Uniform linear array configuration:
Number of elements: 12
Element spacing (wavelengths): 0.75
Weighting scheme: blackman
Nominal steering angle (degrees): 15
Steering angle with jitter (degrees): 15.184
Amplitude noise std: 0.05
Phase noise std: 0.05

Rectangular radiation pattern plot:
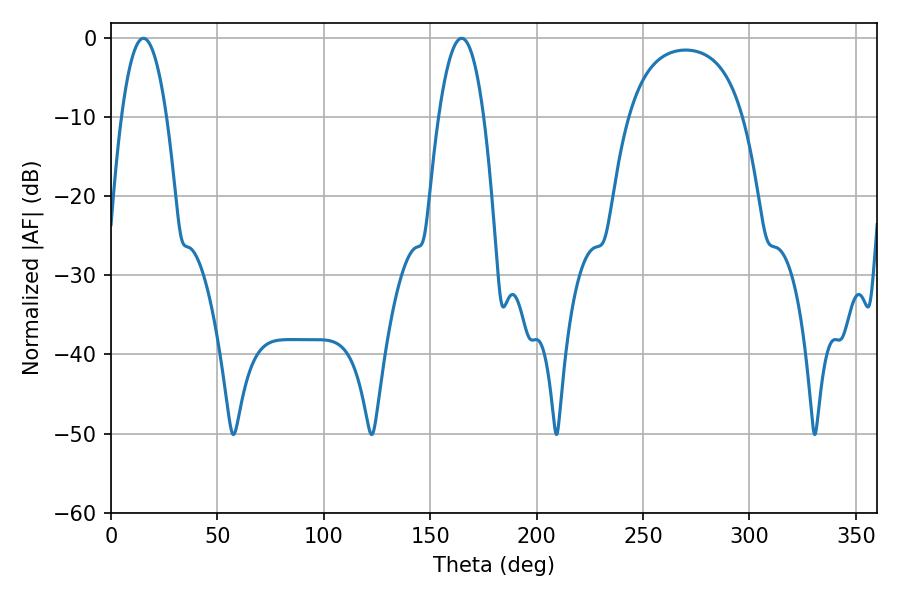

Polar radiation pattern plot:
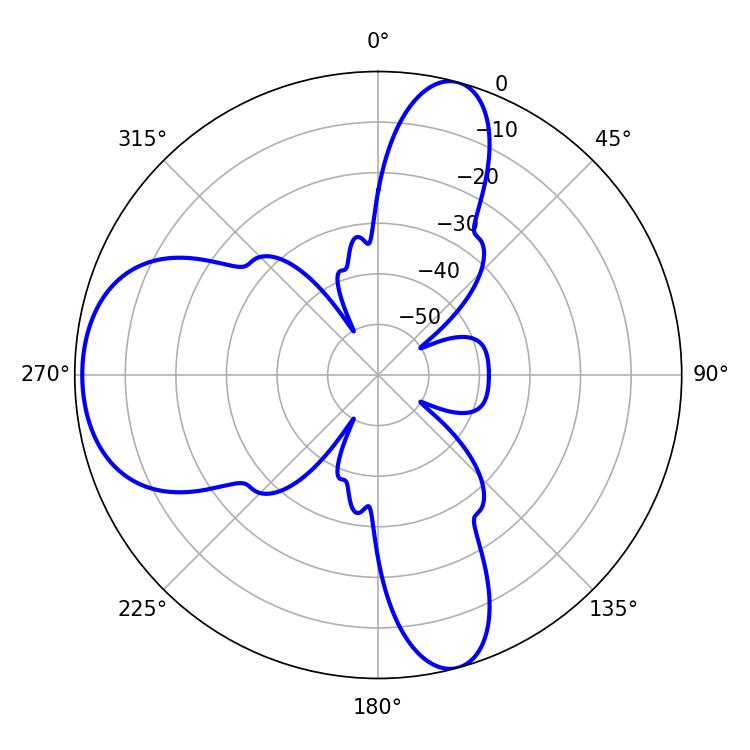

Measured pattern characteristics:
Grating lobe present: TRUE
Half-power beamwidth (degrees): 11.7
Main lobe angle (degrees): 15.3